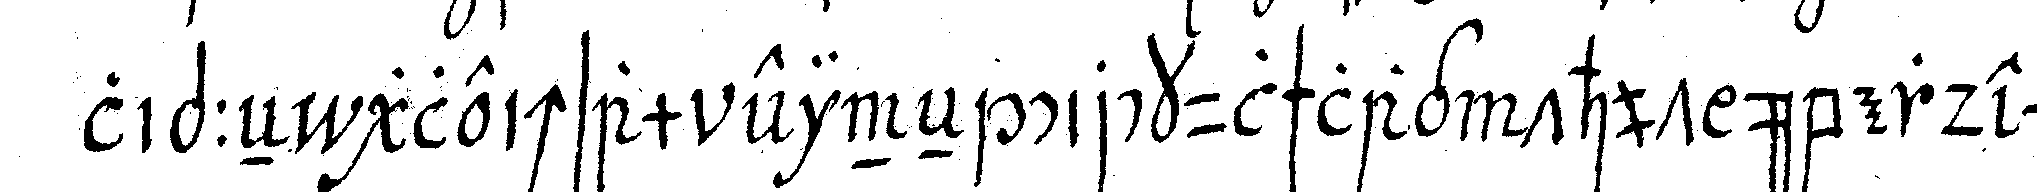
*lip*: eN gleichsam eineN circkulschlag thut überdem